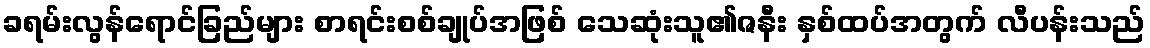
ခရမ်းလွန်ရောင်ခြည်များ စာရင်းစစ်ချုပ်အဖြစ် သေဆုံးသူ၏ဇနီး နှစ်ထပ်အတွက် လီပန်းသည်